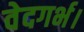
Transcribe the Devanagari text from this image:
वेदगर्भ।